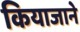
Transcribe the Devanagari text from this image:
कियाजाने